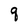
Character: q